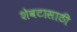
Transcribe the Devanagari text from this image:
शेवटासाठी